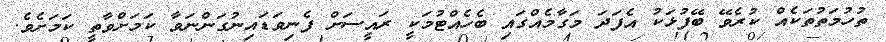
ތުހުމަތުތަކެއް ކުރެވޭ ބޭފުޅަކު އެފަދަ މަގާމެއްގައި ބެހެއްޓުމަކީ ރައީސަށް ފެނިވަޑައިނުގަންނަވާ ކަމަށްވާތީ ކަމަށެވެ.